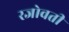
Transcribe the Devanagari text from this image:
रजोवती